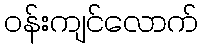
ဝန်းကျင်လောက်